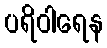
ပရိဝါရေန